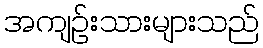
အကျဉ်းသားများသည်